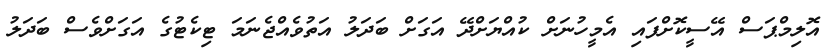
އޮލިމްޕަސް އޭސީކޮށްފައި އެމީހުނަށް ކުއްޔަށްދޭ އަގަށް ބަދަލު އަތުވެއްޖެނަމަ ޓިކެޓުގެ އަގަށްވެސް ބަދަލު